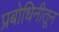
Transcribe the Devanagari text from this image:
प्रबोधिनीतून